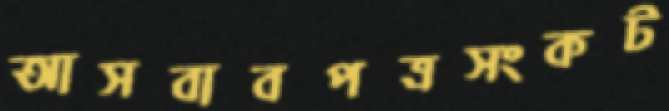
আসবাবপত্রসংকট